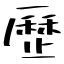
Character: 歷